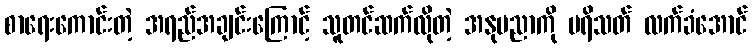
စာရေးကောင်းတဲ့ အရည်အချင်းကြောင့် သူတင်ဆက်လိုတဲ့ အနုပညာကို ပရိသတ် လက်ခံအောင်